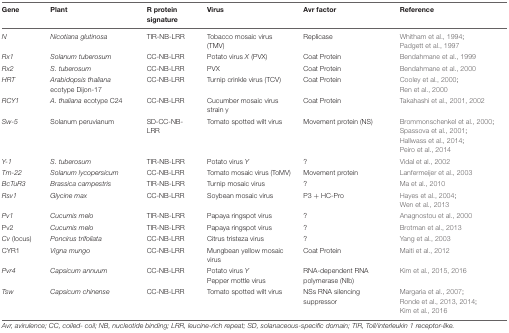
<table><thead><tr><td><b>Gene</b></td><td><b>Plant</b></td><td><b>R protein signature</b></td><td><b>Virus</b></td><td><b>Avr factor</b></td><td><b>Reference</b></td></tr></thead><tbody><tr><td><i>N</i></td><td><i>Nicotiana glutinosa</i></td><td>TIR-NB-LRR</td><td>Tobacco mosaic virus (TMV)</td><td>Replicase</td><td>Whitham et al., 1994;Padgett et al., 1997</td></tr><tr><td><i>Rx1</i></td><td><i>Solanum tuberosum</i></td><td>CC-NB-LRR</td><td>Potato virus <i>X</i> (PVX)</td><td>Coat Protein</td><td>Bendahmane et al., 1999</td></tr><tr><td><i>Rx2</i></td><td><i>S. tuberosum</i></td><td>CC-NB-LRR</td><td>PVX</td><td>Coat Protein</td><td>Bendahmane et al., 2000</td></tr><tr><td><i>HRT</i></td><td><i>Arabidopsis thaliana</i> ecotype Dijon-17</td><td>CC-NB-LRR</td><td>Turnip crinkle virus (TCV)</td><td>Coat Protein</td><td>Cooley et al., 2000;Ren et al., 2000</td></tr><tr><td><i>RCY1</i></td><td><i>A. thaliana</i> ecotype C24</td><td>CC-NB-LRR</td><td>Cucumber mosaic virus strain y</td><td>Coat Protein</td><td>Takahashi et al., 2001, 2002</td></tr><tr><td><i>Sw-5</i></td><td>Solanum peruvianum</td><td>SD-CC-NB-LRR</td><td>Tomato spotted wilt virus</td><td>Movement protein (NS)</td><td>Brommonschenkel et al., 2000;Spassova et al., 2001;Hallwass et al., 2014;Peiro et al., 2014</td></tr><tr><td><i>Y-1</i></td><td><i>S. tuberosum</i></td><td>TIR-NB-LRR</td><td>Potato virus <i>Y</i></td><td>?</td><td>Vidal et al., 2002</td></tr><tr><td><i>Tm-22</i></td><td><i>Solanum lycopersicum</i></td><td>CC-NB-LRR</td><td>Tomato mosaic virus (ToMV)</td><td>Movement protein</td><td>Lanfermeijer et al., 2003</td></tr><tr><td><i>BcTuR3</i></td><td><i>Brassica campestris</i></td><td>TIR-NB-LRR</td><td>Turnip mosaic virus</td><td>?</td><td>Ma et al., 2010</td></tr><tr><td><i>Rsv1</i></td><td><i>Glycine max</i></td><td>CC-NB-LRR</td><td>Soybean mosaic virus</td><td>P3 + HC-Pro</td><td>Hayes et al., 2004;Wen et al., 2013</td></tr><tr><td><i>Pv1</i></td><td><i>Cucumis melo</i></td><td>TIR-NB-LRR</td><td>Papaya ringspot virus</td><td>?</td><td>Anagnostou et al., 2000</td></tr><tr><td>Pv2</td><td><i>Cucumis melo</i></td><td>TIR-NB-LRR</td><td>Papaya ringspot virus</td><td>?</td><td>Brotman et al., 2013</td></tr><tr><td><i>Cv</i> (locus)</td><td><i>Poncirus trifoliata</i></td><td>CC-NB-LRR</td><td>Citrus tristeza virus</td><td>?</td><td>Yang et al., 2003</td></tr><tr><td>CYR1</td><td><i>Vigna mungo</i></td><td>CC-NB-LRR</td><td>Mungbean yellow mosaic virus</td><td>Coat Protein</td><td>Maiti et al., 2012</td></tr><tr><td><i>Pvr4</i></td><td><i>Capsicum annuum</i></td><td>CC-NB-LRR</td><td>Potato virus <i>Y</i>Pepper mottle virus</td><td>RNA-dependent RNA polymerase (NIb)</td><td>Kim et al., 2015, 2016</td></tr><tr><td><i>Tsw</i></td><td><i>Capsicum chinense</i></td><td>CC-NB-LRR</td><td>Tomato spotted wilt virus</td><td>NSs RNA silencing suppressor</td><td>Margaria et al., 2007;Ronde et al., 2013, 2014;Kim et al., 2016</td></tr></tbody></table>